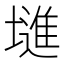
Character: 𱗽